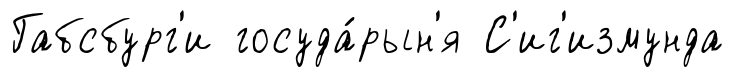
Габсбург'и госуда́рын'я С'иг'измунда